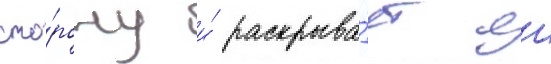
сто́рону и́ раскрыва́ет еи